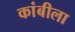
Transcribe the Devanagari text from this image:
कांबीला